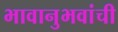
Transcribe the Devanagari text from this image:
भावानुभवांची